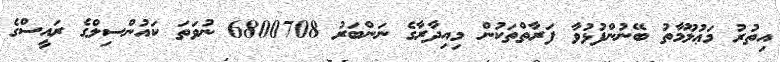
އިތުރު މަޢުލޫމާތު ބޭނުންފުޅުވާ ފަރާތްތަކުން މިއިދާރާގެ ނަންބަރު 6800708 ނުވަތަ ކައުންސިލްގެ ރައީސްގެ